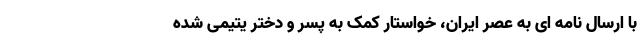
با ارسال نامه ای به عصر ایران، خواستار کمک به پسر و دختر یتیمی شده